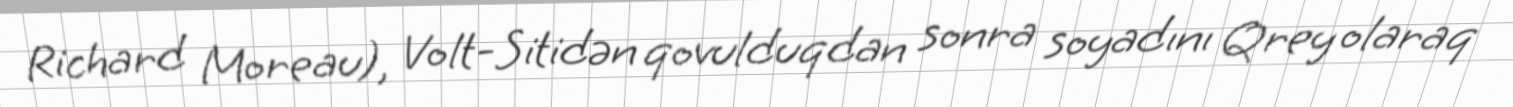
Richard Moreau), Volt-Sitidən qovulduqdan sonra soyadını Qrey olaraq